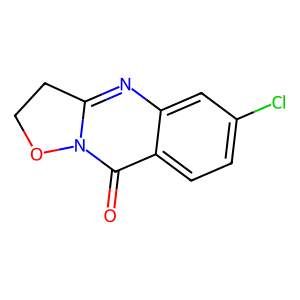
SMILES: O=c1c2ccc(Cl)cc2nc2n1OCC2
Inhibits HIV replication: No